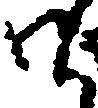
御